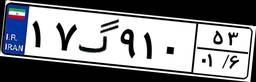
۱۷گ۹۱۰۵۳